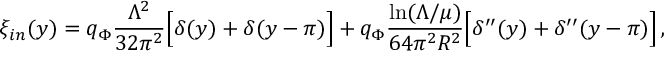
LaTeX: \xi _ { i n } ( y ) = q _ { \Phi } \frac { \Lambda ^ { 2 } } { 3 2 \pi ^ { 2 } } \Big [ \delta ( y ) + \delta ( y - \pi ) \Big ] + q _ { \Phi } \frac { \ln ( \Lambda / \mu ) } { 6 4 \pi ^ { 2 } R ^ { 2 } } \Big [ \delta ^ { \prime \prime } ( y ) + \delta ^ { \prime \prime } ( y - \pi ) \Big ] \, ,